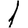
Digit: 1